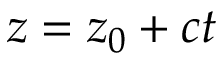
z = z _ { 0 } + c t